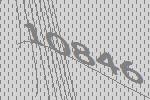
10846